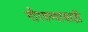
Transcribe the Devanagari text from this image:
गौरवण्यासाठी